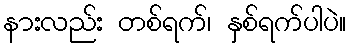
နားလည်း တစ်ရက်၊ နှစ်ရက်ပါပဲ။